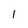
Character: 1